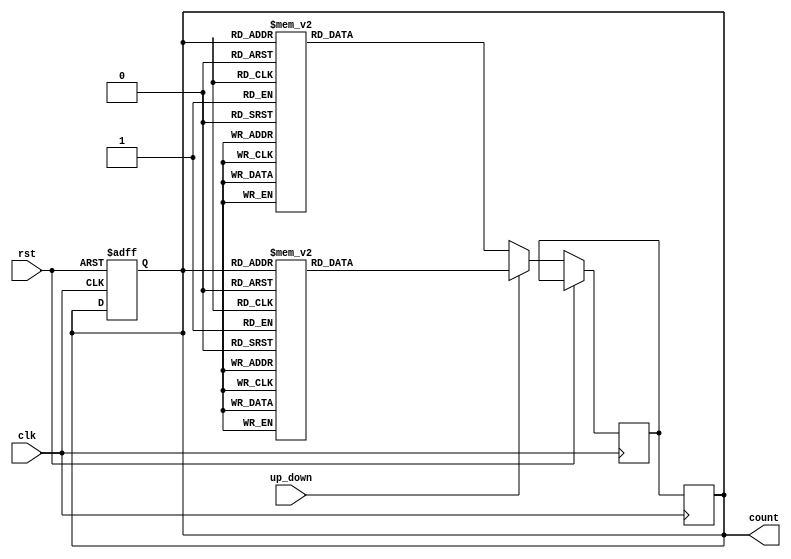
module Gray_counter (
    input wire clk,           // Clock input
    input wire rst,           // Reset input
    input wire up_down,       // Control signal for up/down counting
    output reg [3:0] count    // Output representing current count value in Gray code format
);

reg [3:0] next_count;        // Next count value
reg [3:0] current_count;     // Current count value

always @(posedge clk or posedge rst) begin
    if (rst) begin
        current_count <= 4'b0000;  // Reset to initial count value
    end else if (up_down) begin // Up count
        case(current_count)
            4'b0000: next_count <= 4'b0001;
            4'b0001: next_count <= 4'b0011;
            4'b0011: next_count <= 4'b0010;
            4'b0010: next_count <= 4'b0110;
            4'b0110: next_count <= 4'b0111;
            4'b0111: next_count <= 4'b0101;
            4'b0101: next_count <= 4'b0100;
            4'b0100: next_count <= 4'b1100;
            4'b1100: next_count <= 4'b1101;
            4'b1101: next_count <= 4'b1111;
            4'b1111: next_count <= 4'b1110;
            4'b1110: next_count <= 4'b1010;
            4'b1010: next_count <= 4'b1011;
            4'b1011: next_count <= 4'b1001;
            4'b1001: next_count <= 4'b1000;
            4'b1000: next_count <= 4'b0000;
        endcase
    end else begin // Down count
        case(current_count)
            4'b0000: next_count <= 4'b1000;
            4'b1000: next_count <= 4'b1001;
            4'b1001: next_count <= 4'b1011;
            4'b1011: next_count <= 4'b1010;
            4'b1010: next_count <= 4'b1110;
            4'b1110: next_count <= 4'b1111;
            4'b1111: next_count <= 4'b1101;
            4'b1101: next_count <= 4'b1100;
            4'b1100: next_count <= 4'b0100;
            4'b0100: next_count <= 4'b0101;
            4'b0101: next_count <= 4'b0111;
            4'b0111: next_count <= 4'b0110;
            4'b0110: next_count <= 4'b0010;
            4'b0010: next_count <= 4'b0011;
            4'b0011: next_count <= 4'b0001;
            4'b0001: next_count <= 4'b0000;
        endcase
    end
end

always @(posedge clk) begin
    current_count <= next_count; // Update current count value
end

assign count = current_count; // Output count in Gray code format

endmodule